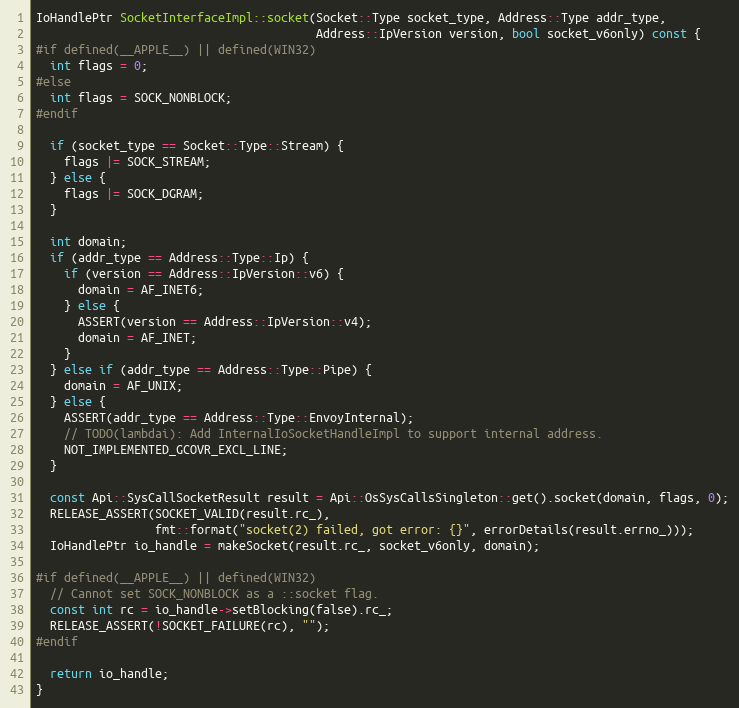
Language: C++
IoHandlePtr SocketInterfaceImpl::socket(Socket::Type socket_type, Address::Type addr_type,
                                        Address::IpVersion version, bool socket_v6only) const {
#if defined(__APPLE__) || defined(WIN32)
  int flags = 0;
#else
  int flags = SOCK_NONBLOCK;
#endif

  if (socket_type == Socket::Type::Stream) {
    flags |= SOCK_STREAM;
  } else {
    flags |= SOCK_DGRAM;
  }

  int domain;
  if (addr_type == Address::Type::Ip) {
    if (version == Address::IpVersion::v6) {
      domain = AF_INET6;
    } else {
      ASSERT(version == Address::IpVersion::v4);
      domain = AF_INET;
    }
  } else if (addr_type == Address::Type::Pipe) {
    domain = AF_UNIX;
  } else {
    ASSERT(addr_type == Address::Type::EnvoyInternal);
    // TODO(lambdai): Add InternalIoSocketHandleImpl to support internal address.
    NOT_IMPLEMENTED_GCOVR_EXCL_LINE;
  }

  const Api::SysCallSocketResult result = Api::OsSysCallsSingleton::get().socket(domain, flags, 0);
  RELEASE_ASSERT(SOCKET_VALID(result.rc_),
                 fmt::format("socket(2) failed, got error: {}", errorDetails(result.errno_)));
  IoHandlePtr io_handle = makeSocket(result.rc_, socket_v6only, domain);

#if defined(__APPLE__) || defined(WIN32)
  // Cannot set SOCK_NONBLOCK as a ::socket flag.
  const int rc = io_handle->setBlocking(false).rc_;
  RELEASE_ASSERT(!SOCKET_FAILURE(rc), "");
#endif

  return io_handle;
}